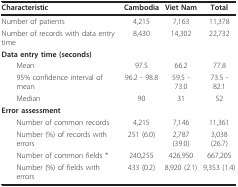
| Characteristic | Cambodia | Viet Nam | Total |
 | --- | --- | --- | --- |
 | Number of patients | 4,215 | 7,163 | 11,378 |
 | Number of records with data entry time | 8,430 | 14,302 | 22,732 |
 | Data entry time (seconds) |  |  |  |
 | Mean | 97.5 | 66.2 | 77.8 |
 | 95% confidence interval of mean | 96.2 - 98.8 | 59.5 - 73.0 | 73.5 - 82.1 |
 | Median | 90 | 31 | 52 |
 | Error assessment |  |  |  |
 | Number of common records | 4,215 | 7,146 | 11,361 |
 | Number (%) of records with errors | 251 (6.0) | 2,787 (39.0) | 3,038 (26.7) |
 | Number of common fields * | 240,255 | 426,950 | 667,205 |
 | Number (%) of fields with errors | 433 (0.2) | 8,920 (2.1) | 9,353 (1.4) |